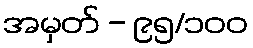
အမှတ် - ၉၅/၁၀၀